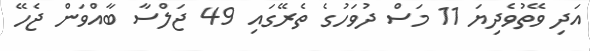
އަދި ވޭތުވެދިޔަ 11 މަސް ދުވަހުގެ ތެރޭގައި 49 ޖަލްސާ ބާއްވަން ޖެހޭ